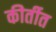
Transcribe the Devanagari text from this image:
कीर्तीत